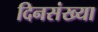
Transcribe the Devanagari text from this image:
दिनसंख्या